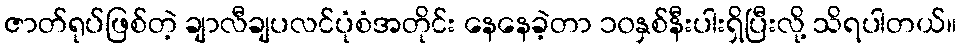
ဇာတ်ရုပ်ဖြစ်တဲ့ ချာလီချပလင်ပုံစံအတိုင်း နေနေခဲ့တာ ၁၀နှစ်နီးပါးရှိပြီးလို့ သိရပါတယ်။